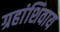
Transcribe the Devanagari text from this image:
ग्रहांशिवाय